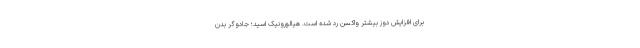
برای افزایش دوز بیشتر واکسن رد شده است. هیالورونیک اسید؛ جادوگر بدن